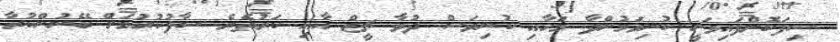
ސިފަކޮށްފައިވަނީ ކުނިވަމުންދާ މަހާއި ކުނިވަސް ދުވާ ޗީޒް އާއި ކަރުތެރެ ސާފުކުރުމަށް ބޭނުންކުރާ